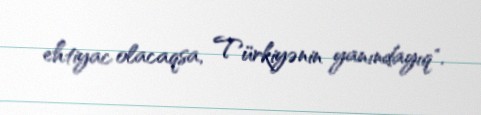
ehtiyac olacaqsa, Türkiyənin yanındayıq".